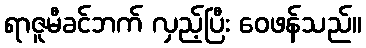
ရာဇူမီခင်ဘက် လှည့်ပြီး ဝေဖန်သည်။